Vaccination United Provinces of Agra and Oudh 1923-1928 - 1923-1928
Year: 1923
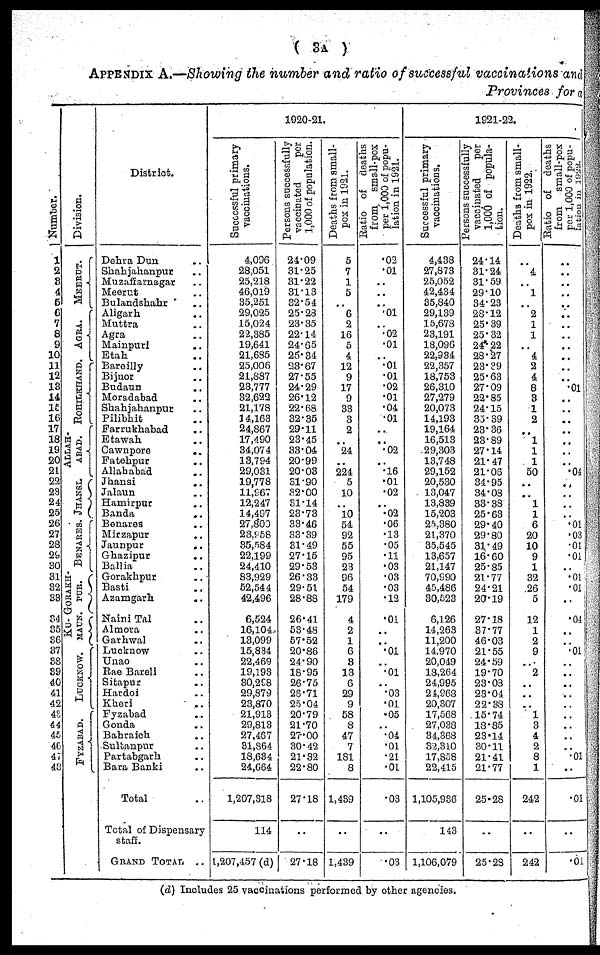
( 3A )
APPENDIX A.—Showing the number and ratio of successful vaccinations and
Provinces for a
Number.
1
2
3
4
5
6
7
8
9
10
11
12
13
14
15
16
17
18
19
20
21
22
23
24
25
26
27
28
29
30
31
32
33
34
35
36
37
38
39
40
41
42
43
44
45
46
47
48
Division.
MEERUT.
AGRA.
ROHILKHAND.
ALLAH-
----.
JHANSI.
BENARES.
GORAKH-
PUR.
KU-
MAUN.
LUCKNOW.
FYZABAD.
District.
Dehra Dun ..
Shahjahanpur ..
Muzaffarnagar ..
Meerut ..
Bulandshahr ..
Aligarh ..
Muttra ..
Agra ..
Mainpuri ..
Etah ..
Bareilly ..
Bijnor ..
Budaun ..
Moradabad ..
Shahjahanpur ..
Pilibhit ..
Farrukhabad ..
Etawah ..
Cawnpore
..
Fatehpur ..
Allahabad ..
Jhansi ..
Jalaun ..
Hamirpur ..
Banda ..
Benares ..
Mirzapur ..
Jaunpur ..
Ghazipur ..
Ballia ..
Gorakhpur ..
Basti ..
Azamgarh ..
Naini Tal ..
Almora ..
Garhwal ..
Lucknow ..
Unao ..
Rae Bareli ..
Sitapur ..
Hardoi ..
Kheri
..
Fyzabad ..
Gonda ..
Bahraich ..
Sultanpur ..
Partabgarh ..
Bara Banki ..
Total ..
Total of Dispensary
staff.
GRAND TOTAL ..
1920-21.
Successful primary
vaccinations.
4,096
28,051
25,218
46,019
35,251
29,025
15,024
22,385
19,641
21,685
25,006
21,887
23,777
32,622
21,178
14,163
24,867
17,490
34,074
13,794
29,031
19,778
11,967
12,247
14,497
27,800
23,958
35,584
22,199
24,410
83,929
52,544
42,496
6,524
16,104
13,099
15,834
22,469
19,193
30,298
29,879
28,870
21,913
29,813
27,467
31,864
18,634
24,664
1,207,318
114
1,207,457 (d)
Persons successfully
vaccinated
per
1,000 of population.
24.09
31.25
31.22
31.13
32.54
25.28
23.35
22.14
24.65
25.34
23.67
27.55
24.29
26.12
22.68
32.35
29.11
23.45
33.04
20.99
20.03
31.90
32.00
31.14
23.73
33.46
33.39
31.49
27.15
29.53
26.33
29.51
28.88
26.41
53.48
57.52
20.86
24.90
18.95
26.75
26.71
25.04
20.79
21.70
27.00
30.42
21.32
22.80
27.18
..
27.18
Deaths f r om small-
pox in 1021.
5
7
1
5
..
6
2
16
5
4
12
9
17
9
33
3
2
..
24
..
224
5
10
..
10
54
92
55
95
23
96
54
179
4
2
1
6
3
13
6
29
9
58
8
47
7
181
8
1,439
..
1,439
Ratio of deaths
f r om, small-pox
per 1,000 of popu-
lation in 1921.
.02
.01
..
..
..
.01
..
.02
.01
..
.01
.01
.02
.01
.04
.01
..
..
.02
..
.16
.01
.02
..
.02
.06
.13
.05
.11
.03
.03
.03
.12
.01
..
..
.01
..
.01
..
.03
.01
.05
..
.04
.01
.21
.01
.03
..
.03
1921-22.
Successful primary
vaccinations.
4,438
27,873
25,052
42,434
85,840
29,139
15,678
23,191
18,096
22,934
22,357
18,753
26,310
27,279
20,073
14,193
19,164
16,513
29,303
13,748
29,152
20,530
13,047
13,839
15,203
25,380
21,370
35,545
13,657
21,147
70,990
45,486
30,523
6,126
14,263
11,200
14,970
20,049
18,264
24,995
24,968
20,307
17,568
27,038
34,368
32,310
17,858
22,415
1,105,936
143
1,106,079
Persons successfully
vaccinated per
1,000 of popula-
tion.
24.14
31.24
31.59
29.10
34.23
28.12
25.39
25.32
24.22
28.27
23.39
25.63
27.09
22.85
24.15
33.39
23.36
23.89
27.14
21.47
21.06
34.95
34.08
33.38
25.63
29.40
29.80
31.49
16.60
25.85
21.77
24.21
20.19
27.18
37.77
46.03
21.55
24.59
19.70
23.08
23.04
22.38
15.74
18.85
23.14
30.11
21.41
21.77
25.28
..
25.28
Deaths from small-
pox in 1922.
..
4
..
1
..
2
1
1
..
4
2
4
8
3
1
2
..
1
1
1
50
..
..
1
1
6
20
10
9
1
32
26
5
12
1
2
9
..
2
..
..
..
1
3
4
2
8
1
242
..
242
Ratio of deaths
from
small-pox
per 1,000 of popu-
lation in 1922.
..
..
..
..
..
..
..
..
..
..
..
..
.01
..
..
..
..
..
..
..
.04
..
..
..
..
.01
.03
.01
.01
..
.01
.01
..
.04
..
..
.01
..
..
..
..
..
..
..
..
..
.01
..
.01
..
.01
(d) Includes 25 vaccinations performed by other agencies.